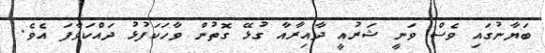
ބަޔާނުގައި ވެސް ވަނީ ޝަރުއީ ދާއިރާއާ ގުޅޭ ގޮތުން ވާހަކަފުޅު ދައްކަވާފަ އެވެ.